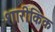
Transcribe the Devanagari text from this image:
शारीकिक